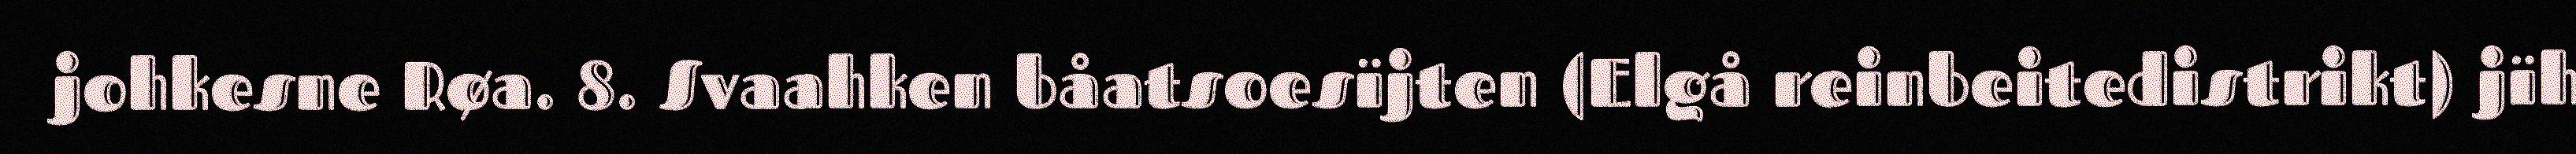
johkesne Røa. 8. Svaahken båatsoesïjten (Elgå reinbeitedistrikt) jïh